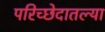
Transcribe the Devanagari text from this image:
परिच्छेदातल्या